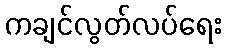
ကချင်လွတ်လပ်ရေး